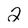
Character: 2